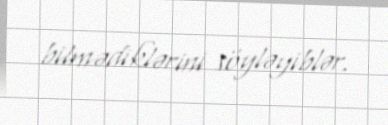
bilmədiklərini söyləyiblər.